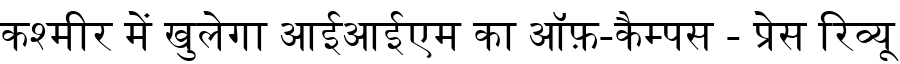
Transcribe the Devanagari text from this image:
कश्मीर में खुलेगा आईआईएम का ऑफ़-कैम्पस - प्रेस रिव्यू